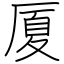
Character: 厦